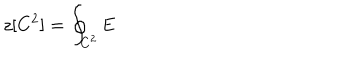
z [ C ^ { 2 } ] = \oint _ { C ^ { 2 } } { \mathbf E }